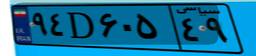
۹۴D۶۰۵۴۹